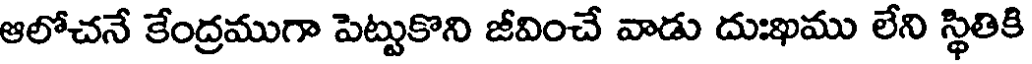
ఆలోచనే కేంద్రముగా పెట్టుకొని జీవించే వాడు దుఃఖము లేని స్థితికి